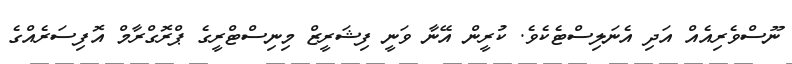
ނޫސްވެރިއެއް އަދި އެނަލިސްޓެކެވެ. ކުރީން އޭނާ ވަނީ ފިޝަރީޒް މިނިސްޓްރީގެ ޕްރޮގްރާމް އޮފިސަރެއްގެ